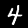
Digit: 4